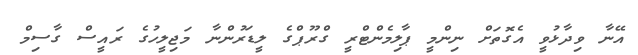
އޭނާ ވިދާޅުވީ އެގޮތަށް ނިންމީ ޕާލިމެންޓްރީ ގްރޫޕްގެ ލީޑަރުންނާ މަޖިލީހުގެ ރައީސް ގާސިމް